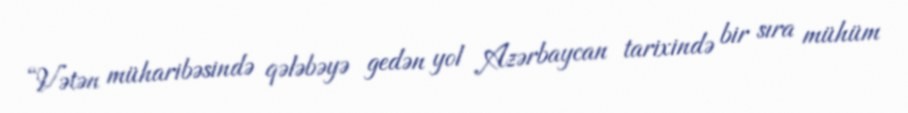
“Vətən müharibəsində qələbəyə gedən yol Azərbaycan tarixində bir sıra mühüm